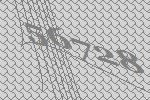
56728